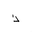
Letter: _thal